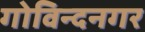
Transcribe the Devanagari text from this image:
गोविन्‍दनगर